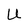
Character: U